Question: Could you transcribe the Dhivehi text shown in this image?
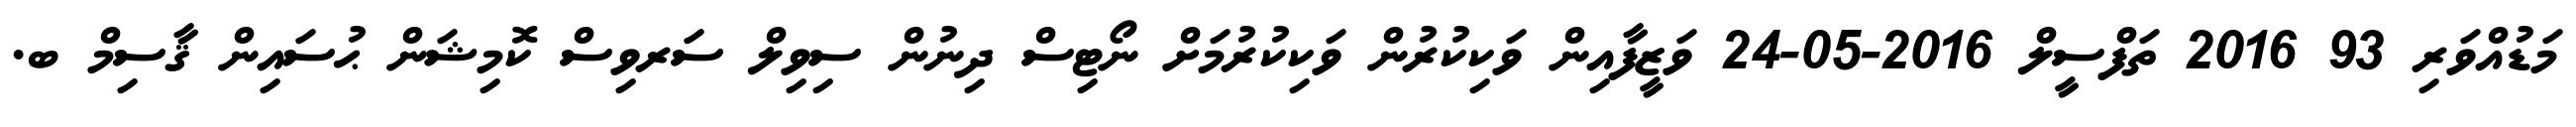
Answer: މަޑުއްވަރި 93 2016 ތަފްސީލް 2016-05-24 ވަޒީފާއިން ވަކިކުރުން ވަކިކުރުމަށް ނޯޓިސް ދިނުން ސިވިލް ސަރވިސް ކޮމިޝަން ޙުސައިން ޤާސިމް ބ.